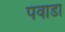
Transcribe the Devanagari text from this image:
पंवाडा